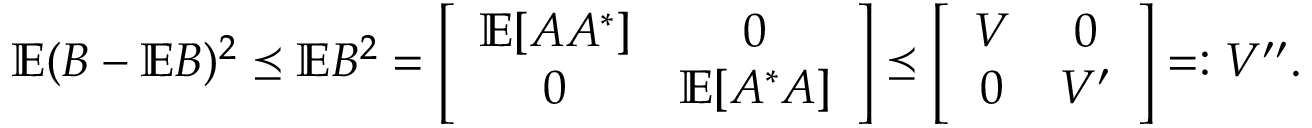
\ensuremath { \mathbb E } ( B - \ensuremath { \mathbb E } B ) ^ { 2 } \preceq \ensuremath { \mathbb E } B ^ { 2 } = \left[ \begin{array} { c c } { \ensuremath { \mathbb E } [ A A ^ { * } ] } & { 0 } \\ { 0 } & { \ensuremath { \mathbb E } [ A ^ { * } A ] } \end{array} \right] \preceq \left[ \begin{array} { c c } { V } & { 0 } \\ { 0 } & { V ^ { \prime } } \end{array} \right] = : V ^ { \prime \prime } .